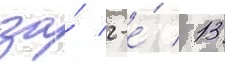
за́ 2-е́ / 13